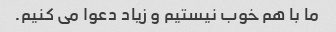
ما با هم خوب نیستیم و زیاد دعوا می کنیم.